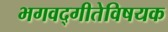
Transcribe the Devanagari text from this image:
भगवद्‌गीतेविषयक